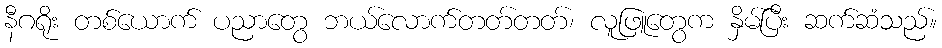
နီဂရိုး တစ်ယောက် ပညာတွေ ဘယ်လောက်တတ်တတ်၊ လူဖြူတွေက နှိမ်ပြီး ဆက်ဆံသည်။